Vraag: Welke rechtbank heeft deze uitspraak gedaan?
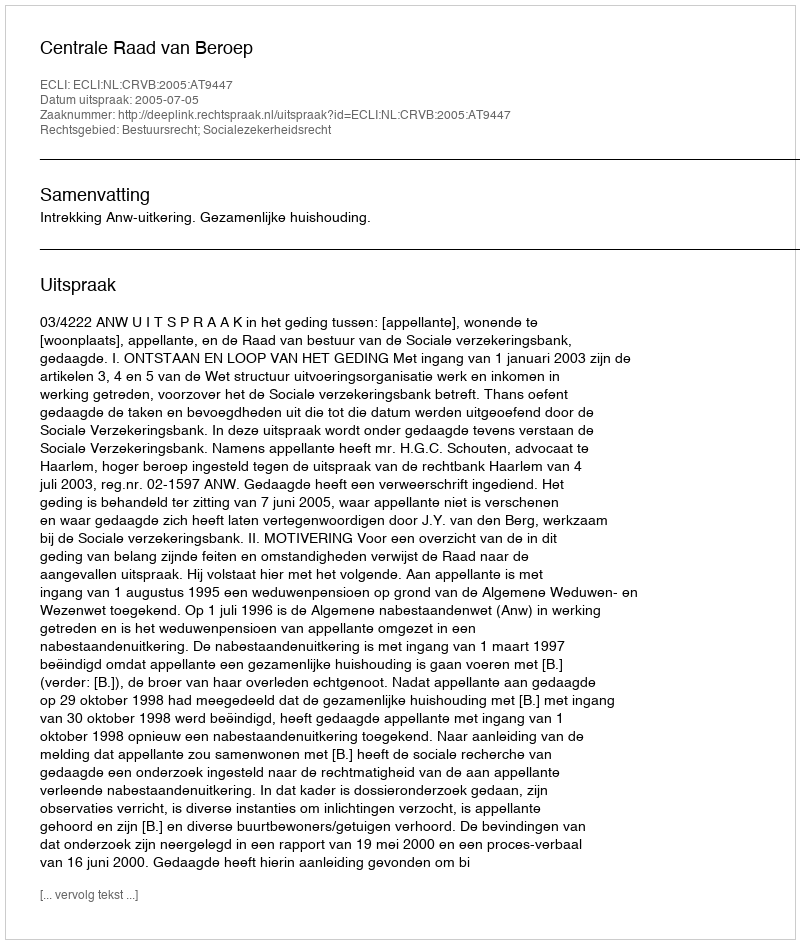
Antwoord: Centrale Raad van Beroep